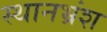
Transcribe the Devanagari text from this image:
स्थानभ्रंश